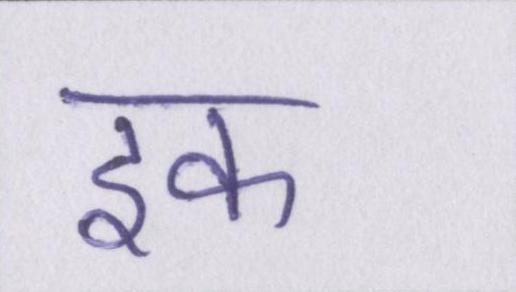
इक